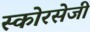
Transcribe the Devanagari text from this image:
स्कोरसेजी